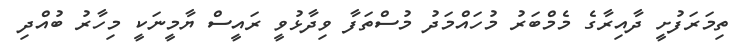
ތިމަރަފުށީ ދާއިރާގެ މެމްބަރު މުހައްމަދު މުސްތަފާ ވިދާޅުވީ ރައީސް ޔާމީނަކީ މިހާރު ބުއްދި